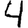
Digit: 4